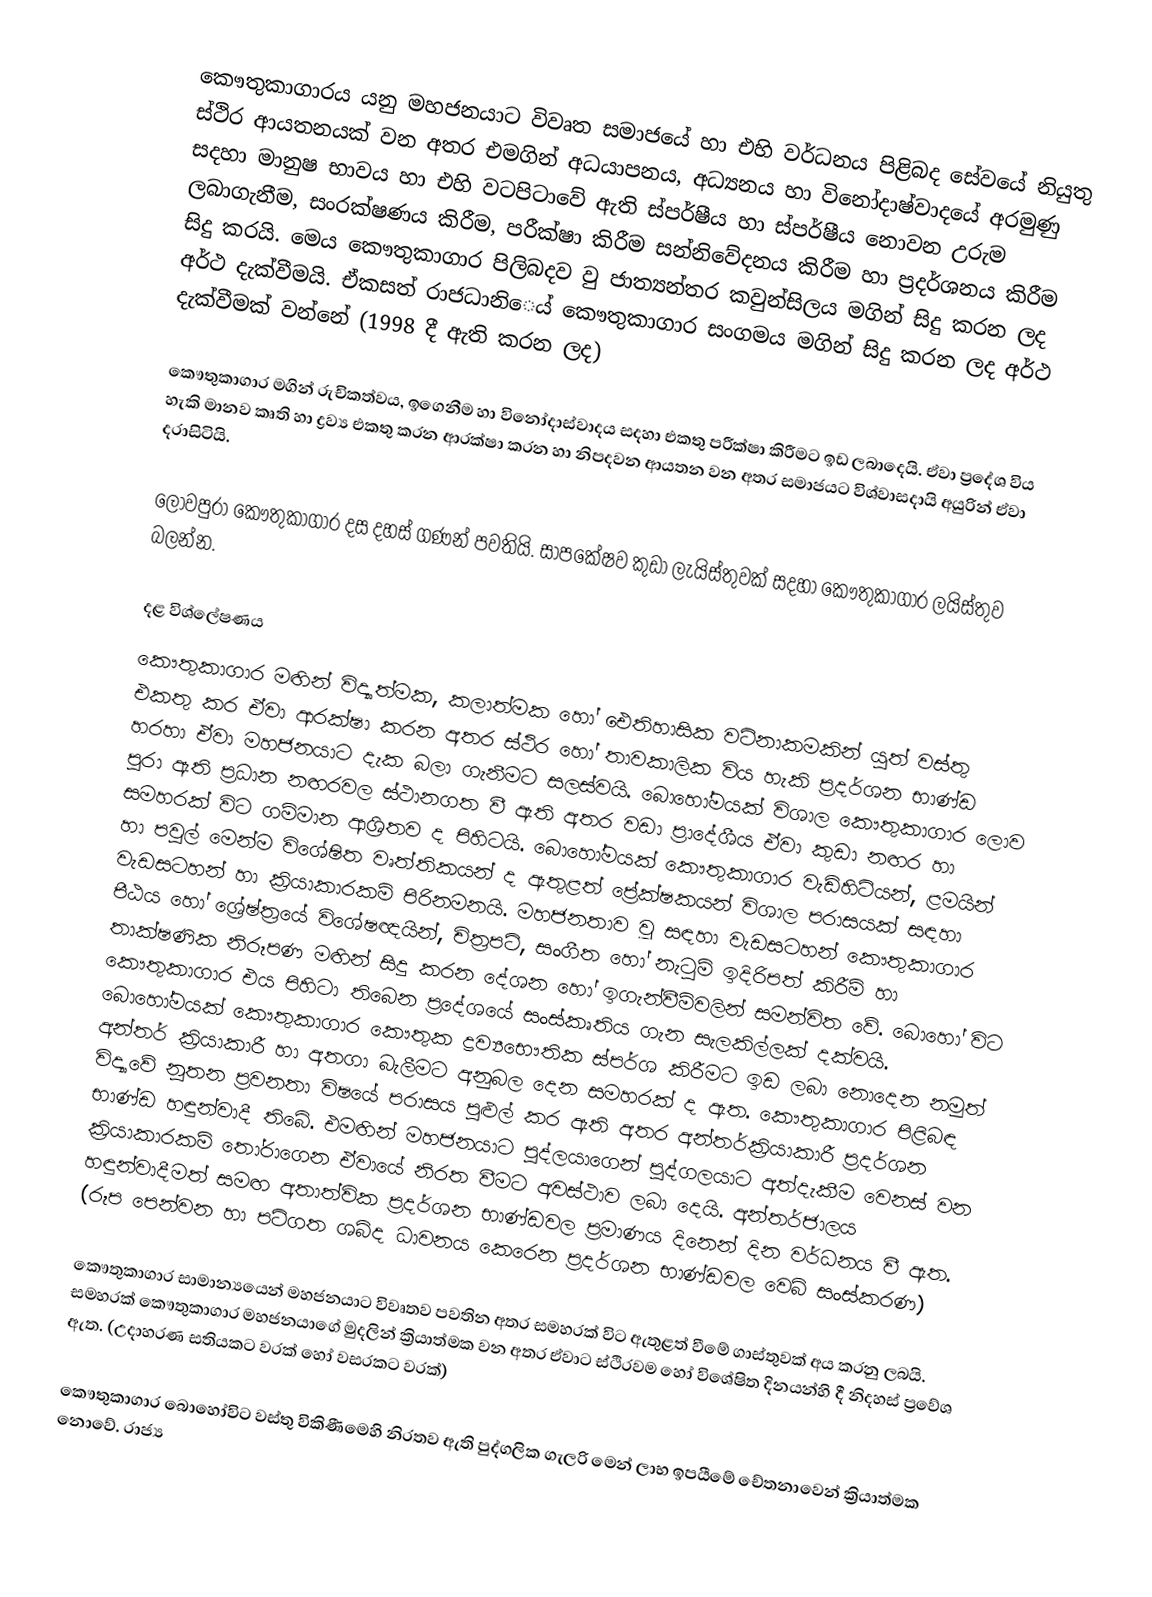
කෞතුකාගාරය යනු මහජනයාට විවෘත සමාජයේ හා එහි වර්ධනය පිළිබද සේවයේ නියුතු ස්ථිර ආයතනයක් වන අතර එමගින් අධයාපනය, අධ්‍යනය හා විනෝදාෂ්වාදයේ අරමුණු සදහා මානුෂ භාවය හා එහි වටපිටාවේ ඇති ස්පර්ෂීය හා ස්පර්ෂීය නොවන උරුම ලබාගැනීම, සංරක්ෂණය කිරීම, පරීක්ෂා කිරීම සන්නිවේදනය කිරීම හා ප්‍රදර්ශනය කිරීම සිදු කරයි. මෙය කෞතුකාගාර පිලිබදව වු ජාත්‍යන්තර කවුන්සිලය මගින් සිදු කරන ලද අර්ථ දැක්වීමයි. ඒකසත් රාජධානිෙය් කෞතුකාගාර සංගමය මගින් සිදු කරන ලද අර්ථ දැක්වීමක් වන්නේ (1998 දී ඇති කරන ලද)

කෞතුකාගාර මගින් රුචිකත්වය, ඉගෙනීම හා විනෝදාස්වාදය සදහා එකතු පරීක්ෂා කිරීමට ඉඩ ලබාදෙයි. ඒවා ප්‍රදේශ විය හැකි මානව කෘති හා ද්‍රව්‍ය  එකතු කරන ආරක්ෂා කරන හා නිපදවන ආයතන වන අතර සමාජයට විශ්වාසදායි අයුරින් ඒවා දරාසිටියි.

ලොවපුරා කෞතුකාගාර දස දහස් ගණන් පවතියි. සාපකේෂව කුඩා ලැයිස්තුවක් සදහා කෞතුකාගාර ලයිස්තුව බලන්න.

දළ විශ්ලේෂණය
කෞතුකාගාර මඟින් විද්‍යාත්මක, කලාත්මක හෝ ඓතිහාසික වටිනාකමකින් යුත් වස්තු එකතු කර ඒවා ආරක්ෂා කරන අතර ස්ථිර හෝ තාවකාලික විය හැකි ප්‍රදර්ශන භාණ්ඩ හරහා ඒවා මහජනයාට දැක බලා ගැනීමට සලස්වයි. බොහෝමයක් විශාල කෞතුකාගාර ලොව පුරා ඇති ප්‍රධාන නඟරවල ස්ථානගත වී ඇති අතර වඩා ප්‍රාදේශීය ඒවා කුඩා නඟර හා සමහරක් විට ගම්මාන ආශ්‍රිතව ද පිහිටයි. බොහෝමයක් කෞතුකාගාර වැඩිහිටියන්, ළමයින් හා පවුල් මෙන්ම විශේෂිත වෘත්තිකයන් ද ඇතුළත් ප්‍රේක්ෂකයන් විශාල පරාසයක් සඳහා වැඩසටහන් හා ක්‍රියාකාරකම් පිරිනමනයි. මහජනතාව වූ සඳහා වැඩසටහන් කෞතුකාගාර පීඨය හෝ ශ්‍රේෂ්ත්‍රයේ විශේෂඥයින්, චිත්‍රපටි, සංගීත හෝ නැටුම් ඉදිරිපත් කිරීම් හා තාක්ෂණික නිරූපණ මඟින් සිදු කරන දේශන හෝ ඉගැන්වීම්වලින් සමන්විත වේ. බොහෝ විට කෞතුකාගාර එය පිහිටා තිබෙන ප්‍රදේශයේ සංස්කෘතිය ගැන සැලකිල්ලක් දක්වයි. බොහෝමයක් කෞතුකාගාර කෞතුක ද්‍රව්‍ය‍භෞතික ස්පර්ශ කිරීමට ඉඩ ලබා නොදෙන නමුත් අන්තර් ක්‍රියාකාරී හා අතගා බැලීමට අනුබල දෙන සමහරක් ද ඇත. කෞතුකාගාර පිළිබඳ විද්‍යාවේ නූතන ප්‍රවනතා වි‍ෂයේ පරාසය පුළුල් කර ඇති අතර අන්තර්ක්‍රියාකාරී ප්‍රදර්ශන භාණ්ඩ හඳුන්වාදී තිබේ. එමඟින් මහජනයාට පුද්ලයාගෙන් පුද්ගලයාට අත්දැකීම වෙනස් වන ක්‍රියාකාරකම් තෝරාගෙන ඒවායේ නිරත වීමට අවස්ථාව ලබා දෙයි. අන්තර්ජාලය හඳුන්වාදීමත් සමඟ අතාත්වික ප්‍රදර්ශන භාණ්ඩවල ප්‍රමාණය දිනෙන් දින වර්ධනය වී ඇත. (රූප පෙන්වන හා පටිගත ශබ්ද ධාවනය කෙරෙන ප්‍රදර්ශන භාණ්ඩවල වෙබ් සංස්කරණ)

කෞතුකාගාර සාමාන්‍යයෙන් මහජනයාට විවෘතව පවතින අතර සමහරක් විට ඇතුළත් වීමේ ගාස්තුවක් අය කරනු ලබයි. සමහරක් කෞතුකාගාර මහජනයාගේ මුදලින් ක්‍රියාත්මක වන අතර ඒවාට ස්ථිරවම හෝ විශේෂිත දිනයන්හි දී නිදහස් ප්‍රවේශ ඇත. (උදාහරණ සතියකට වරක් හෝ වසරකට වරක්)

කෞතුකාගාර බොහෝවිට වස්තු විකිණීමෙහි නිරතව ඇති පුද්ගලික ගැලරි මෙන් ලාභ ඉපයීමේ චේතනාවෙන් ක්‍රියාත්මක නොවේ. රාජ්‍ය